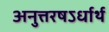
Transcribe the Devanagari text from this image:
अनुत्तरषऽर्धार्थ